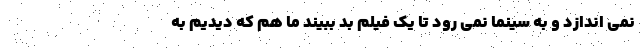
نمی اندازد و به سینما نمی رود تا یک فیلم بد ببیند ما هم که دیدیم به